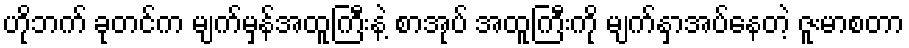
ဟိုဘက် ခုတင်က မျက်မှန်အထူကြီးနဲ့ စာအုပ် အထူကြီးကို မျက်နှာအပ်နေတဲ့ ဇူးမာစတာ